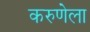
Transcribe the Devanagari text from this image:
करुणेला